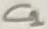
Text: C1